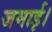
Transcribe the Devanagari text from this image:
जमाई।